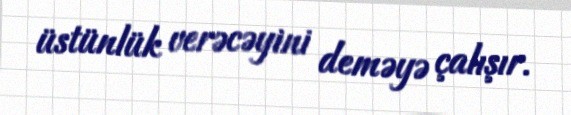
üstünlük verəcəyini deməyə çalışır.